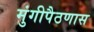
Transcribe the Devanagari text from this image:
मुंगीपैठणास